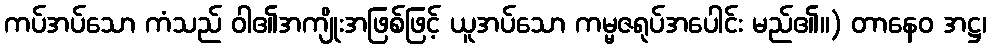
ကပ်အပ်သော ကံသည် ဝါ၏အကျိုးအဖြစ်ဖြင့် ယူအပ်သော ကမ္မဇရုပ်အပေါင်း မည်၏။) တာနေဝ အဋ္ဌ၊